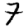
Digit: 7